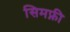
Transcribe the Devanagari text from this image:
सिमफ्नी